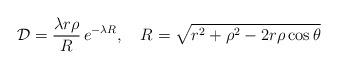
LaTeX: \begin{align*}{\cal D} =\frac{\lambda r\rho}{R}\, e^{-\lambda R}, \quad R=\sqrt{r^2+\rho^2-2r\rho\cos\theta}\end{align*}